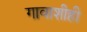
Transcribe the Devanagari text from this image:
गावाशीही